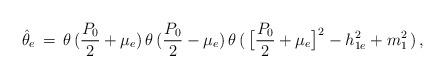
LaTeX: \begin{align*}\hat\theta_e\,=\,\theta\,({P_0\over2}+\mu_e)\,\theta\,({P_0\over2}-\mu_e)\,\theta\,(\,\big[{P_0\over2}+\mu_e\big]^2-h^2_{1e}+m^2_1\,)\,,\end{align*}